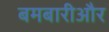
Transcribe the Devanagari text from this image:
बमबारीऔर